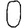
Digit: 0